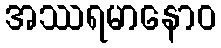
အဿရမာနောဝ